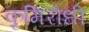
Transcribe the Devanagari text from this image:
कृमिरोधी